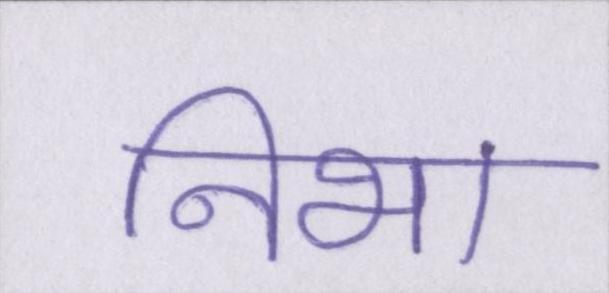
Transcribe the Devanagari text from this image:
निभा